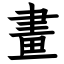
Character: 畫